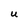
Character: U